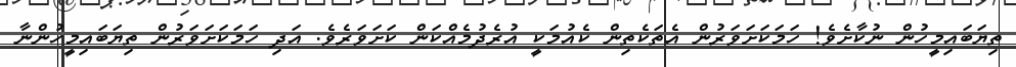
ތިޔަބައިމީހުން ނުކާށެވެ! ހަމަކަށަވަރުން އެތަކެތިން ކެއުމަކީ އުރެދުމެއްކަން ކަށަވަރެވެ. އަދި ހަމަކަށަވަރުން ތިޔަބައިމީހުންނާ